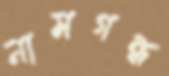
নামগন্ধ